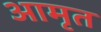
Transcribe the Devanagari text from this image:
आमृत